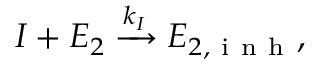
I + E _ { 2 } \xrightarrow { k _ { I } } E _ { 2 , \mathrm { ~ i ~ n ~ h ~ } } ,